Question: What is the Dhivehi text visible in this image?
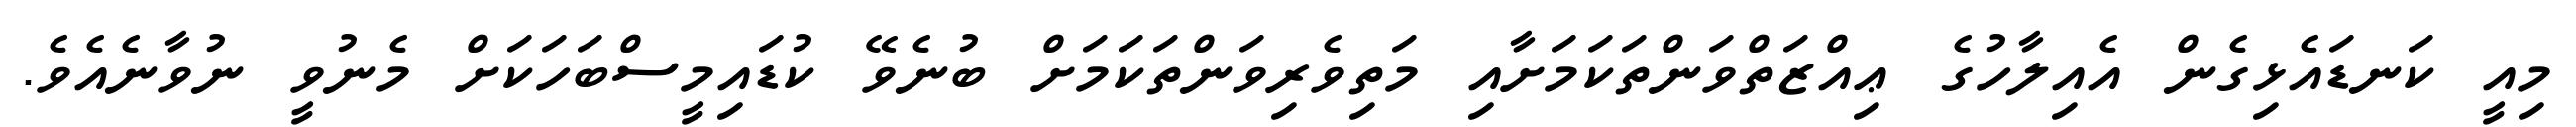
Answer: މިއީ ކަނޑައެޅިގެން އެއިލާހުގެ ޢިއްޒަތްވަންތަކަމަށާއި މަތިވެރިވަންތަކަމަށް ބުނެވޭ ކުޑައިމީސްބަހަކަށް މެނުވީ ނުވާނެއެވެ.